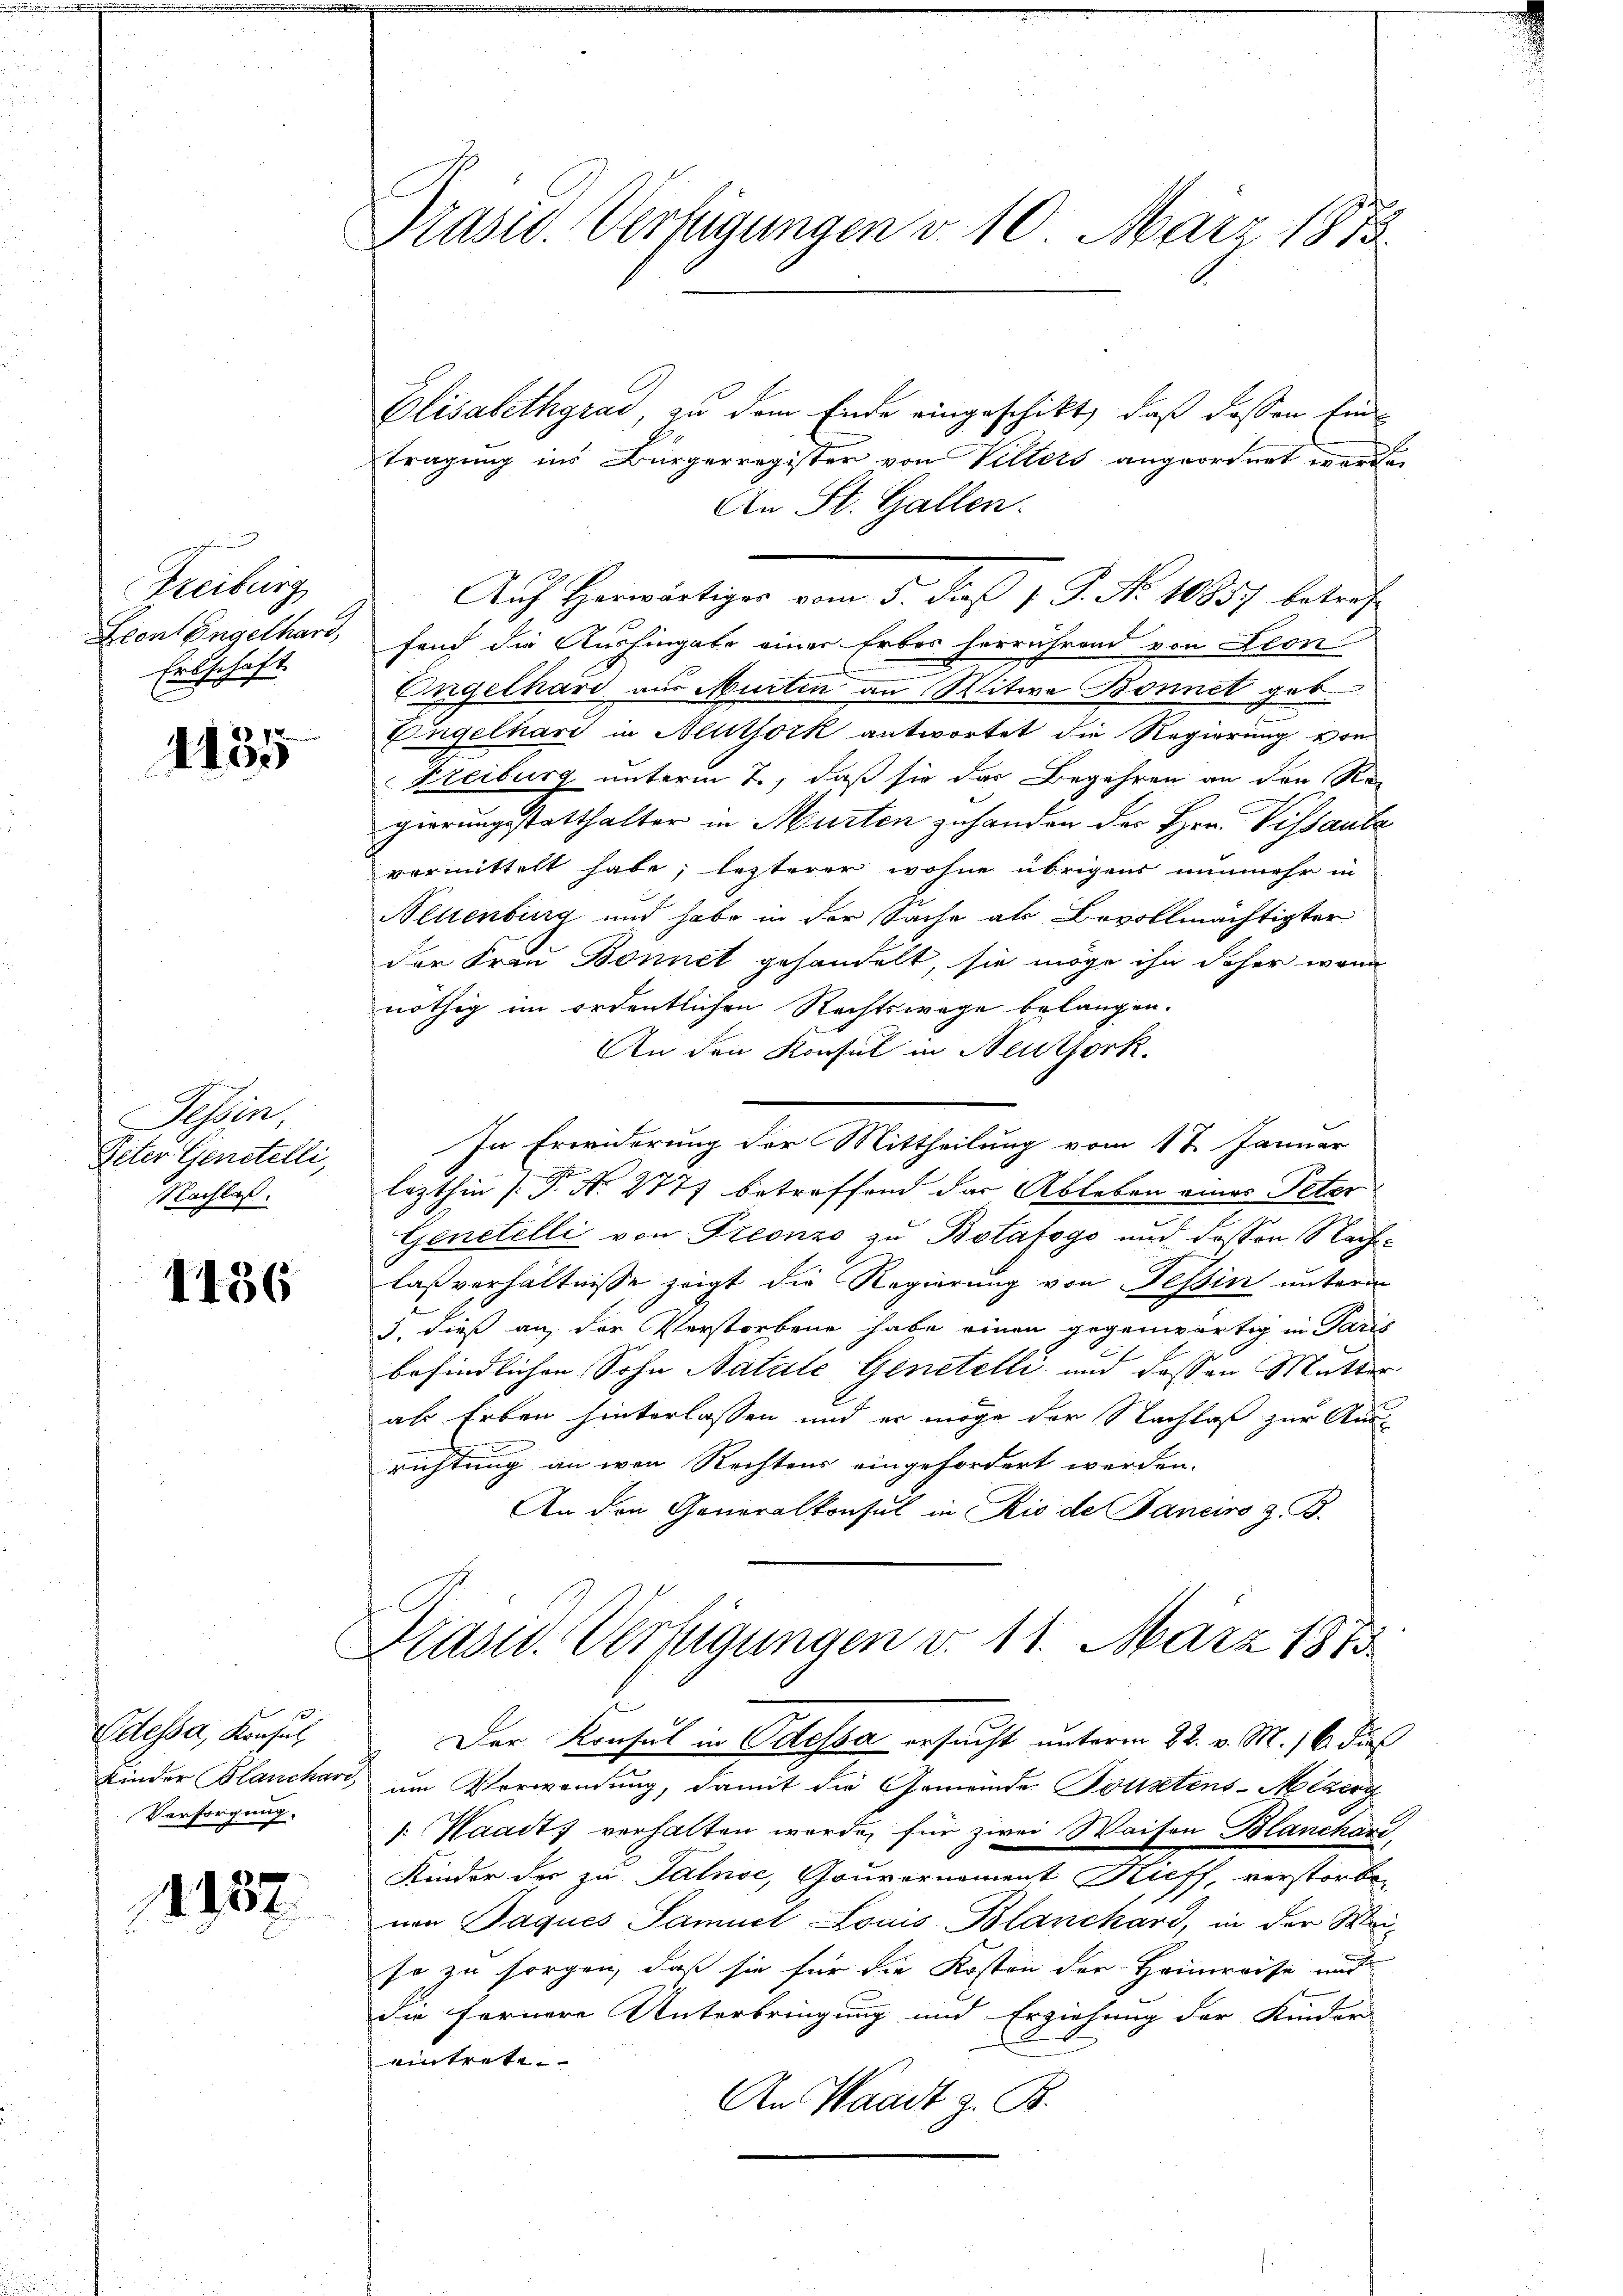
Freiburg
Econ Engelhard,
Erbschaft.

1135

Tessin,
Peter Genstelli,
Nachlaß.

1136

Odessa, Konsul
Kinder Blanchare
Versorgung.

1137

Präsid. Verfügungen v. 10. März 1873.

Elisabethgrad, zu dem Ende eingeschikt, daß dassen Eintragung ins Bürgerregister von Villers angeordnet werde.
An St. Gallen.
Auf Herwärtiges vom 5. dieß v. J. No 10857 betref-
fend die Aushingabe einer Erbes herrührend von Fron
.
Engelhard aus Murten an Witwe Bonnet geb.
Engelhard in Mitsock antwortet die Regierung von
Freiburg unterm 2., daß sie das Begehren an den Rei
gierungsstatthalter in Murten zuhanden der Hrn. Vissante
vormittelt habe, lezterer wohne übrigens nunmehr in
Aeuenburg und habe in der Sache als Bevollmächtigter
der Frau Bonnet gehandelt, sie möge ihn daher wenn
nöthig im ordentlichen Rechtswege belangen.
An den Konsul in Neuthork
In Erwiderung der Mittheilung vom 17. Januar
lezthin [Pr. No 277) betreffend das Ableben eines Peter
Genetelli von Preonzo zu Botafogo und dessen Nach-
laßverhältnisse zeigt die Regierung von Tessin unterm
3. dieß an der Verstorbene habe einen gegenwärtig in Paris
befindlichen Sohn Natale Genetelli und dessen Mutter
als Erben hinterlassen und er möge der Nachlaß zur Aus-
r
richtung an wen Rechtens eingefordert werden.
An den Generalkonsul in Rio de Paneiro z. B.
Frasw. Verfügungen v. 11. März 1873.
Der Konsul in Odessa ersucht unterm 22. v. M.) 6. dies
um Vorwandung, damit die Gemeinde Tousetens-Mizerg
: Waadt, verhalten werde, für zwei Waisen Blanchard,
Kinder der zu Talnoc, Gouvernoment Kieff, verstorben
von Jaques Sammt Louis Blanchard, in der Mei-
so zu sorgen, daß sie für die Kosten der Heimreise und
die fernere Unterbringung und Erziehung der Kinder
eintrete
An Waadt z. B.